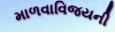
માળવાવિજયની